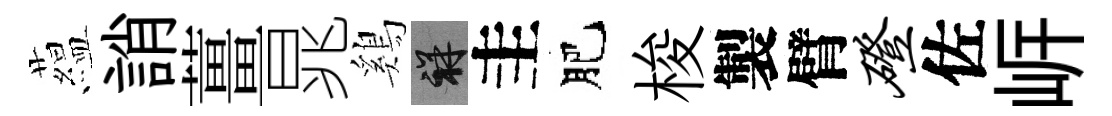
藴誚薑晁鷄祥圭肥梭製臂磴佐㟁